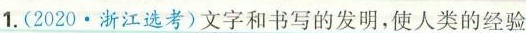
1.(2020\cdot 浙江选考)文字和书写的发明，使人类的经验